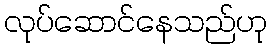
လုပ်ဆောင်နေသည်ဟု